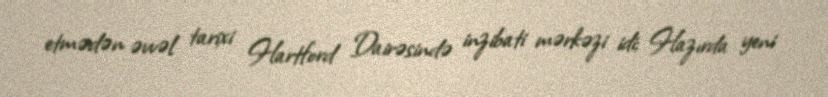
etmədən əvvəl tarixi Hartford Dairəsində inzibati mərkəzi idi; Hazırda yeni